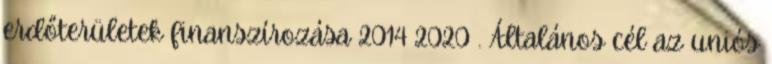
erdőterületek finanszírozása 2014 2020 . Általános cél az uniós